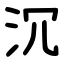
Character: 沉